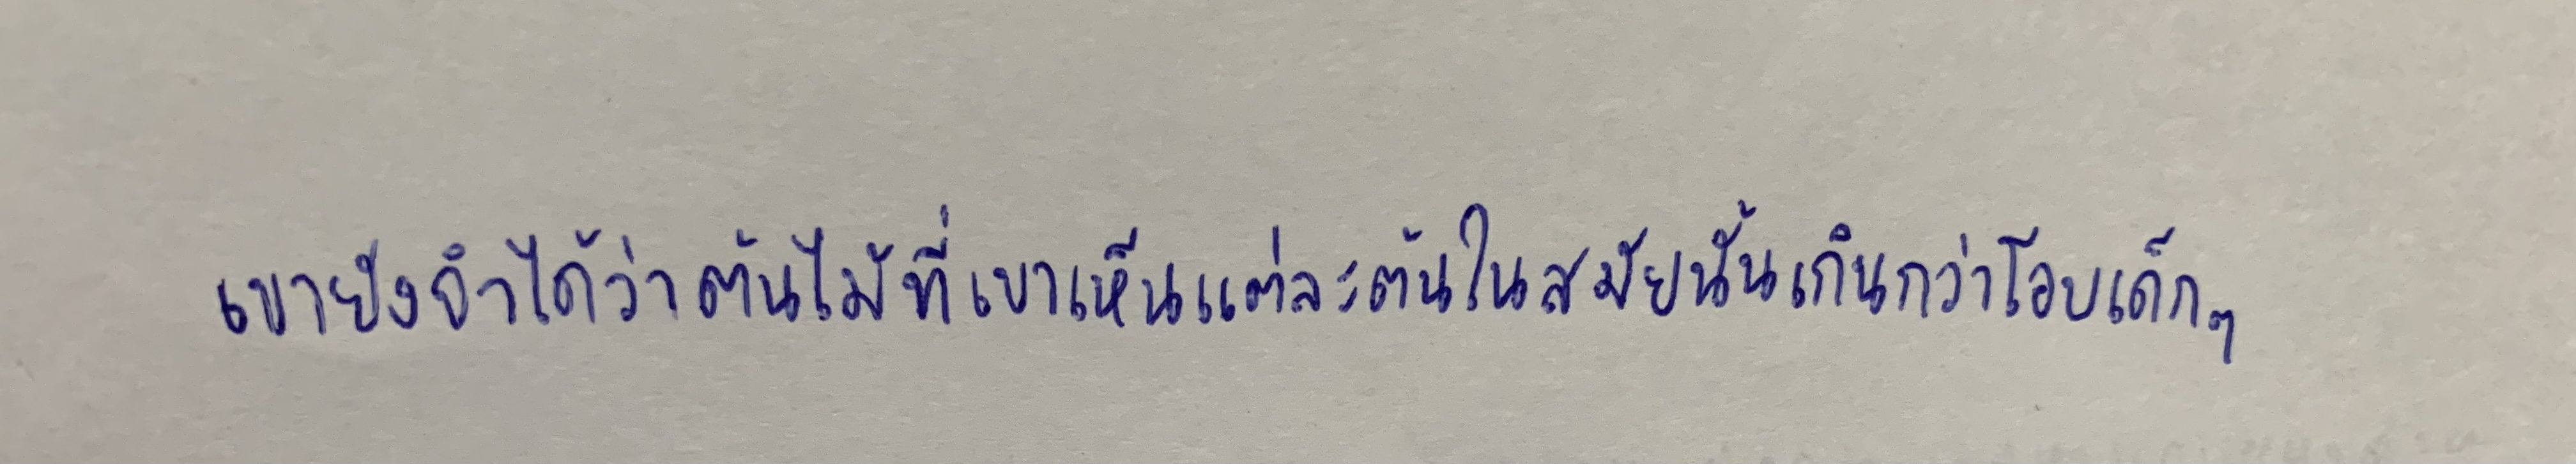
เขายังจำได้ว่าต้นไม้ที่เขาเห็นแต่ละต้นในสมัยนั้นเกินกว่าโอบเด็กๆ